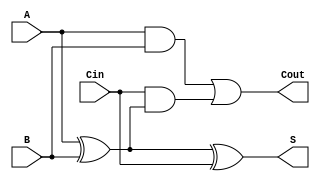
module FullAdder (
    input wire A,     // 1-bit input A
    input wire B,     // 1-bit input B
    input wire Cin,   // 1-bit carry-in input
    output wire S,    // 1-bit sum output
    output wire Cout   // 1-bit carry-out output
);

// Behavioral description of the full adder
assign S = A ^ B ^ Cin; // Sum is A XOR B XOR Cin
assign Cout = (A & B) | (Cin & (A ^ B)); // Carry-out is (A AND B) OR (Cin AND (A XOR B))

endmodule